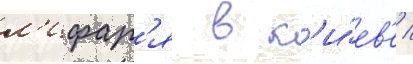
л'ифар'я в к'и́ев'е /